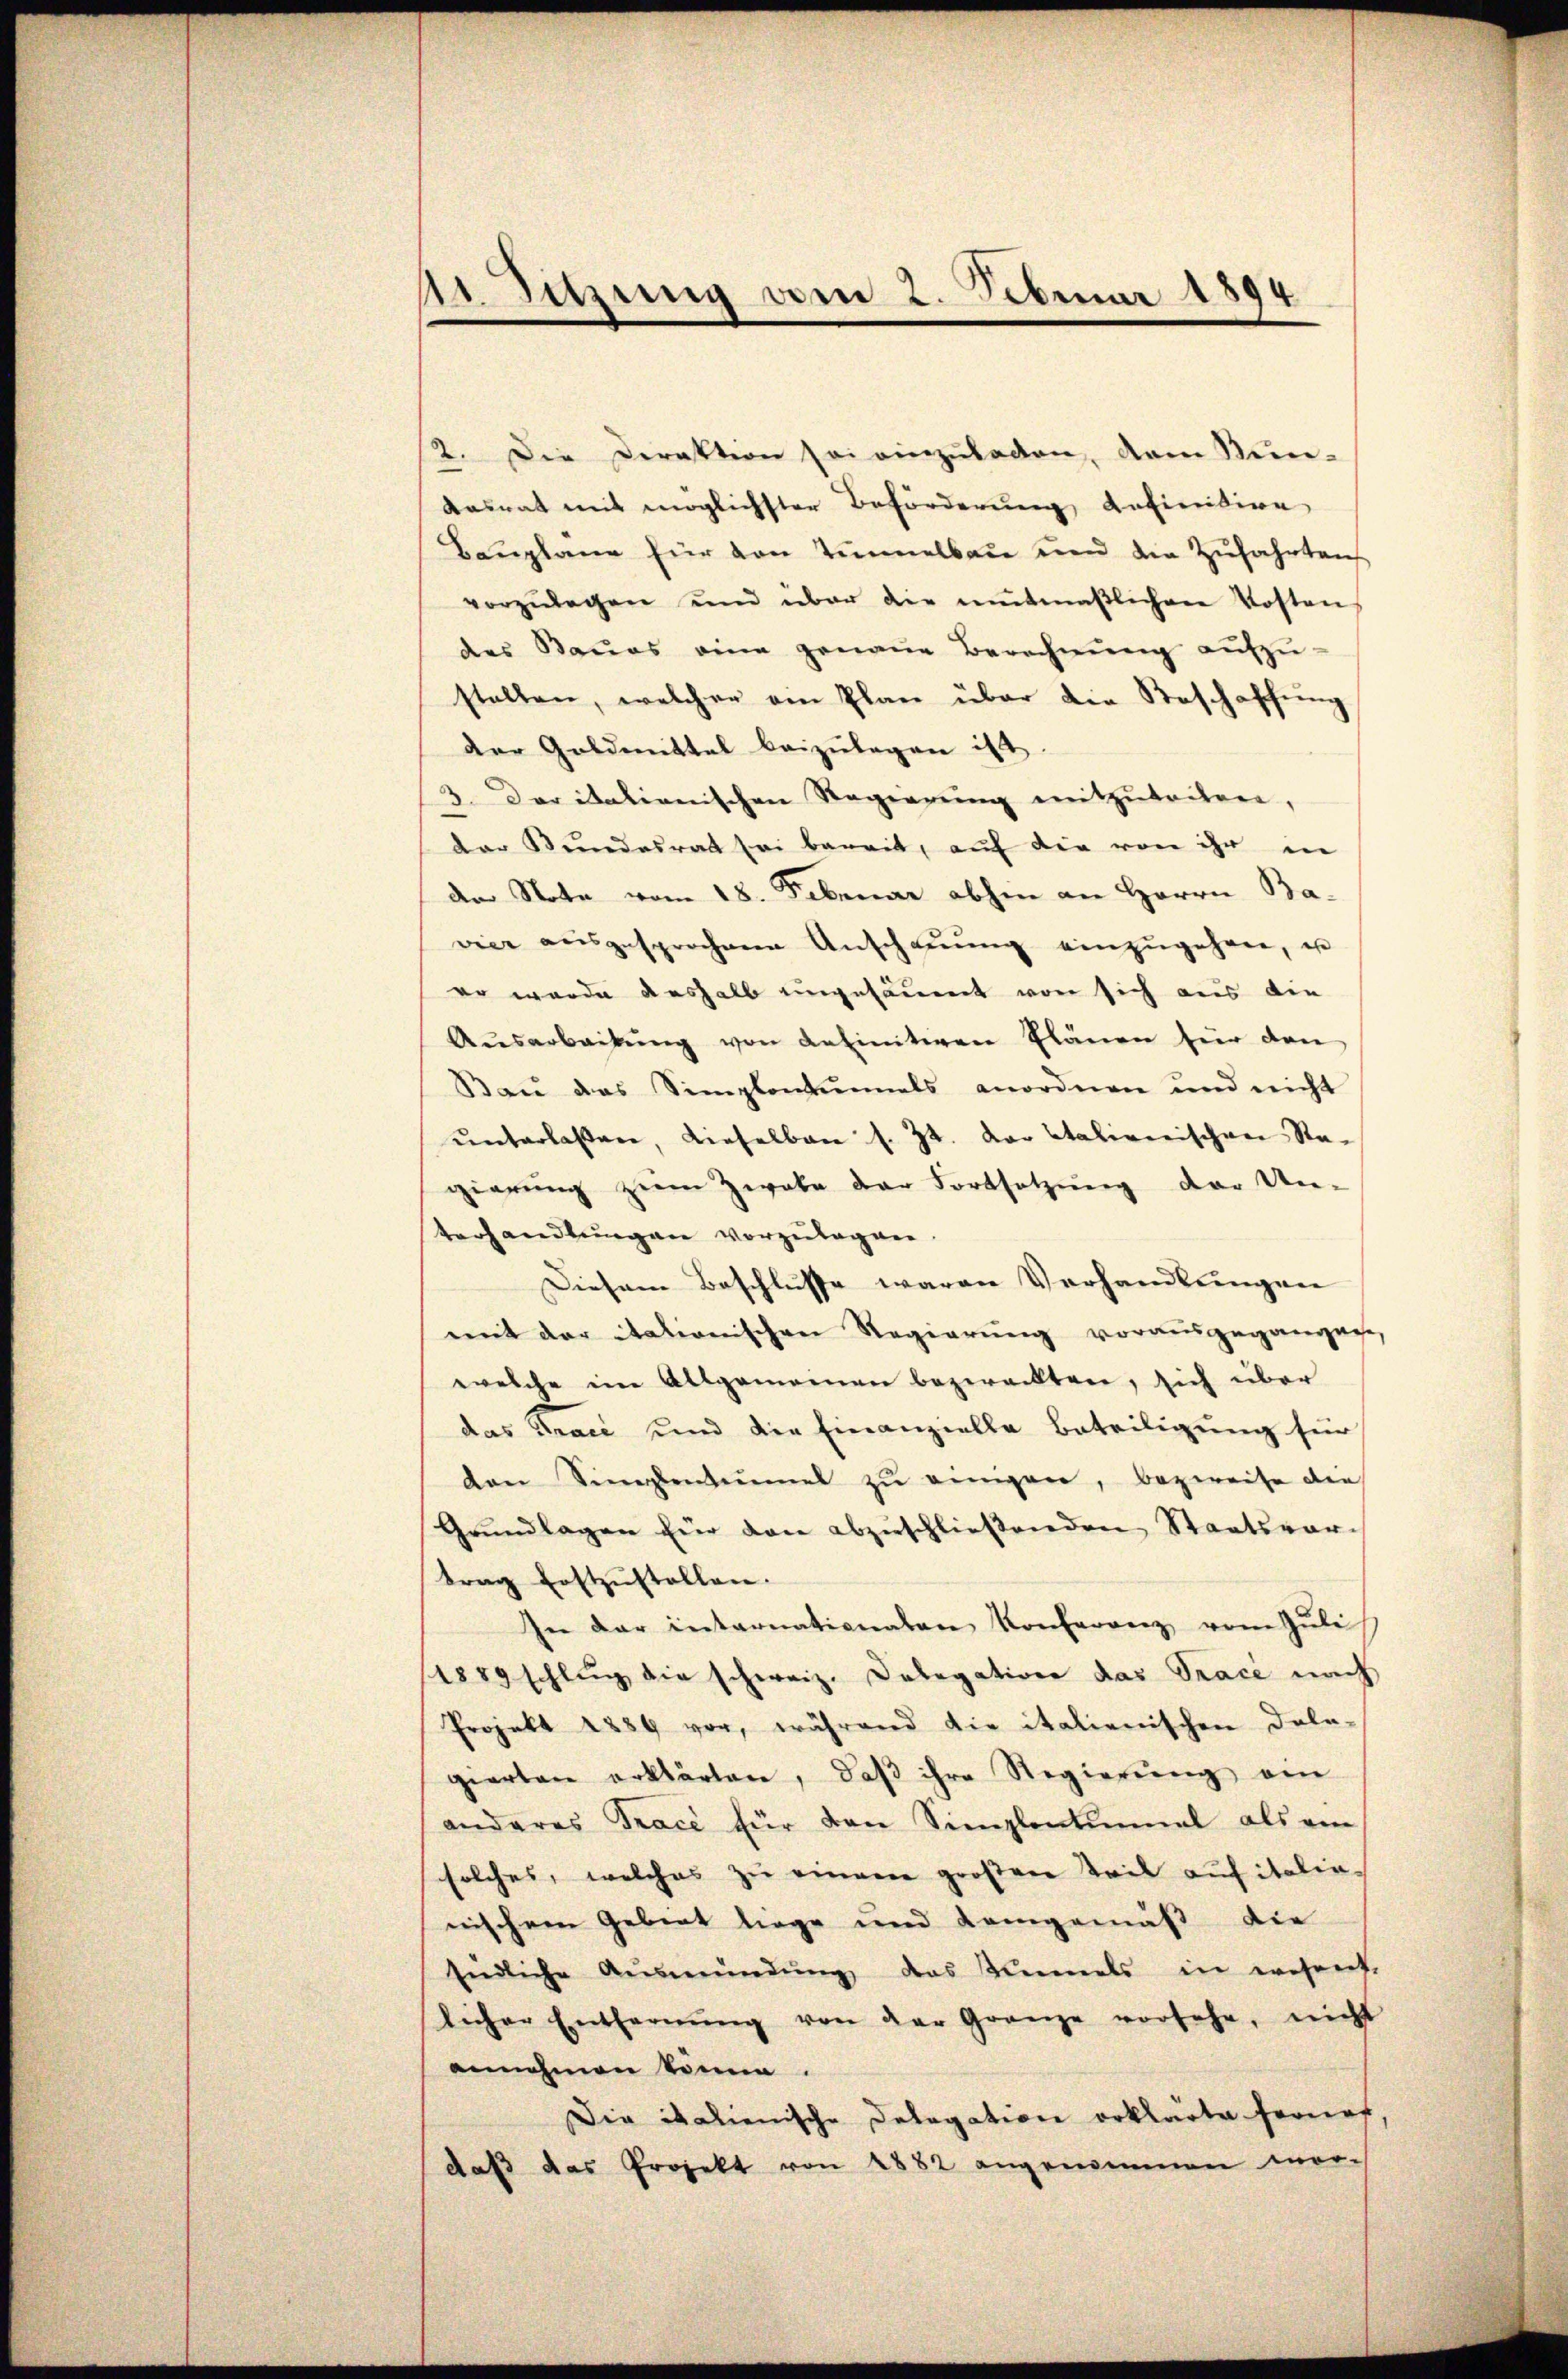
11 Stung vom 2. Februar 1894

2. Die Direktion sei einzuladen, dem Nun-
Kasrat mit möglichster Beförderung anfinitire
Bauplane für von Zimmelbau und die Zufahrten
vorzŭlegen und über die mitmaβlichen Kosten
des Baues eine genaue Berechnŭng aŭfzŭ-
stellen, welcher am Plan über die Beschaffŭng
der Goldmittel beizulegen ist.
3. Der italienischen Regierung mitzutritten,
der Stundesrath sei bereit, auf die von ihr in
de Note vom 18. Februar abhin an Herrn Bavier aŭsgesprochene Anschaŭŭng einzŭgehen, u
eo wurde deshalb ungesäumt von sich aus die
Aŭsarbeitŭng von definitiven Plänen für den
Bau das Simplontanals anordnen und nicht
ŭnterlassen, dieselben s. Zt. der Italienischen Sta-
gierŭng zum Zwabe der Fortsetzŭng der Un-
Verhandlungen vorzulagen.
Diesem Beschlusse waren Verhandlungen
mit der itationischen Regierŭng vorausgegangen,
welche im Allgemeinen bezweckten, sich über
das Trace und die Finanzielle Beteiligung für
den Singlenheimel zŭ einigen, bezweife die
Grŭndlagen für den abzŭschließenden Staatsvortrag festzŭstellen.
In der internationalen Konferenz vom Juli
1889 schlŭg die schweiz. Kolegation das Trace nach
Projekt 1889 vor, während die italienischen Dele-
gierten erklärten, daβ ihre Regierŭng ein
anderes Trace für den Simplentinmal als ein
solches, welches zu einem großene Teil auf italie-
nischen Gebiet liege und Kamgemäß die
Endliche Aŭsmündŭng das Kiels in wesent.
licher Entfernŭng von der Gränze vorsehe, nicht
annehmen könne.
Die italienische Delegation erklärte Fornof
daβ das Projekt von 1882 angenommen wor-